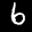
Label: 6